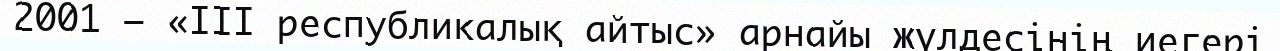
2001 — «III республикалық айтыс» арнайы жүлдесінің иегері